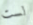
لست